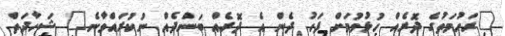
"ރަހުމަތުގެ ދޮރެއް ހުޅުވުމަށް ފަހު ދެން އެ ދޮރެއް ބަންދެއް ނުކުރައްވާނެ" ޝަހާދަތް